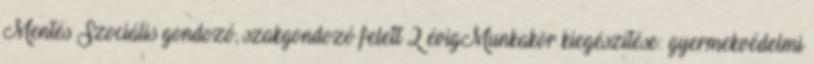
Mentés Szociális gondozó, szakgondozó felett 2 évigMunkakör kiegészítése: gyermekvédelmi